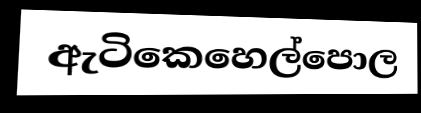
ඇටිකෙහෙල්පොල